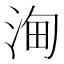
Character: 𣵦